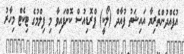
އުފެއްދުންތެރިޔާ އައިޝަތު ފުއާދް (ލޯކީ) ޕްރޮޑިއުސް ކޮށްފައިވާ މި ފިލްމުގެ ޓިކެޓް މިހާރު